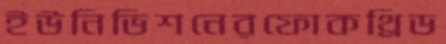
ইউনিভিশনেরফোকথ্রিড